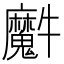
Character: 𤜘